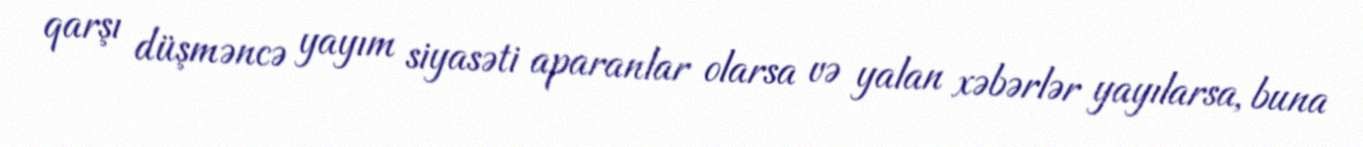
qarşı düşməncə yayım siyasəti aparanlar olarsa və yalan xəbərlər yayılarsa, buna